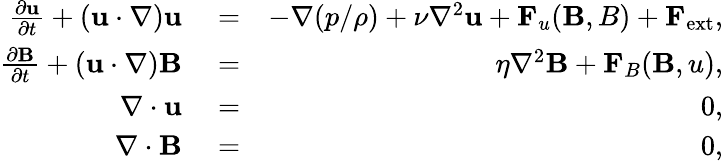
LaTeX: \begin{array}{rlr}{\frac{\partial{\mathbf u}}{\partial t}+({\mathbf u}\cdot\nabla){\mathbf u}}&{{}=}&{-\nabla({p}/{\rho})+\nu\nabla^{2}{\mathbf u}+{\mathbf F}_{u}({\mathbf B,B})+{\mathbf F}_{\mathrm{ext}},}\\ {\frac{\partial{\mathbf B}}{\partial t}+({\mathbf u}\cdot\nabla){{\mathbf B}}}&{{}=}&{\eta\nabla^{2}{{\mathbf B}}+{\mathbf F}_{B}({\mathbf B,u}),}\\ {\nabla\cdot{\mathbf u}}&{{}=}&{0,}\\ {\nabla\cdot{\mathbf B}}&{{}=}&{0,}\end{array}